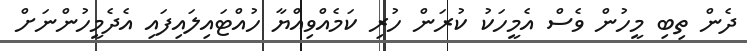
ދެން ތިބި މީހުން ވެސް އެމީހަކު ކުރަން ހުރި ކަމެއްވިއްޔާ ހުއްޓައިލައިފައި އެދެމީހުންނަށް